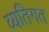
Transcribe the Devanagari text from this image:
व्यतिगत